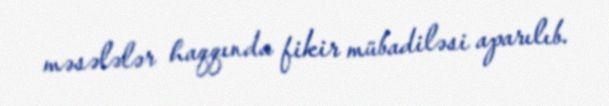
məsələlər haqqında fikir mübadiləsi aparılıb.